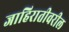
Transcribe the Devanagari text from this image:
जाहिरातीवरील